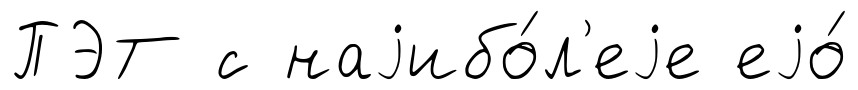
ПЭТ с наjибо́л'еjе еjо́